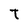
Character: t